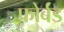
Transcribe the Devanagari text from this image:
फोर्बंड